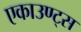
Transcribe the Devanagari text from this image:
एकाउण्‍ट्स